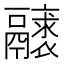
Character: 𩱝